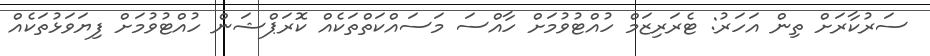
ސަރުކާރަށް ތިން އަހަރު: ޓެރަރިޒަމް ހުއްޓުވުމަށް ހާއްސަ މަސައްކަތްތަކެއް ކޮރަޕްޝަން ހުއްޓުވުމަށް ފިޔަވަޅުތަކެއް